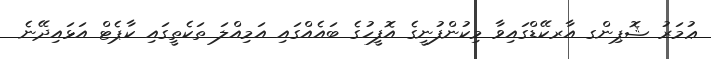
ޢުމަރު ޝޮޕިންގ އާރކޭޑްގައިވާ މިކުންފުނީގެ އޮފީހުގެ ބައެއްގައި އަމިއްލަ ތަކެތީގައި ކާޕެޓް އަޅައިދޭނެ